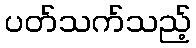
ပတ်သက်သည့်